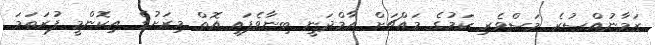
ޒަމާނުއްސުރެ މަސްވެރި ކަމުގެ މައްޗަށް އާމްދަނީ ބިނާވެފައި އޮތް މިރަށުގެ އިކޮންމީ ފުރަތަމަ